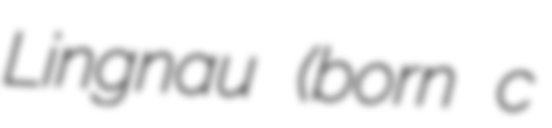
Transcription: Lingnau (born c